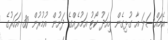
އެމައްސަލަ އާ ގުޅިގެން މިއަދު ކޯޓު އަމުރެއްގެ ދަށުން އުމުރުން 30 އަހަރުގެ